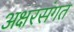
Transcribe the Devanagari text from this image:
अक्षरसंगत